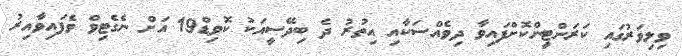
ވިލިވަރުގައި ކަރަންޓީންކޮށްފައިވާ ދިވެއްސަކާއި އިތުރު ދެ ބިދޭސީއަކު ކޮވިޑް19 އަށް ނެގެޓިވް ވެފައިވާއިރު